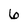
Character: 6